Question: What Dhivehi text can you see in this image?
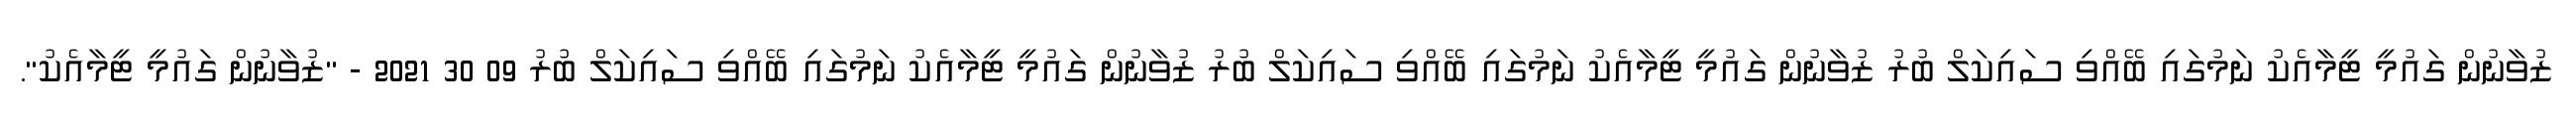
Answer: ޒުވާނުން ގައުމީ ޓީމާއެކު ނަމުގައި ބޭއްވި ސައިކަލް ބުރު ޒުވާނުން ގައުމީ ޓީމާއެކު ނަމުގައި ބޭއްވި ސައިކަލް ބުރު ޒުވާނުން ގައުމީ ޓީމާއެކު ނަމުގައި ބޭއްވި ސައިކަލް ބުރު 09 30 2021 - "ޒުވާނުން ގައުމީ ޓީމާއެކު".